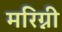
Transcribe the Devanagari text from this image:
मरिग्नी